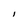
Character: i